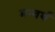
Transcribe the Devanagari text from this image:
मन्वर्थ